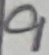
Text: 9